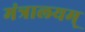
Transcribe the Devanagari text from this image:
मंत्रालयम्